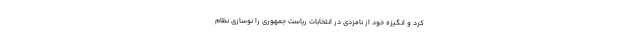
کرد و انگیزه خود از نامزدی در انتخابات ریاست جمهوری را نوسازی نظام